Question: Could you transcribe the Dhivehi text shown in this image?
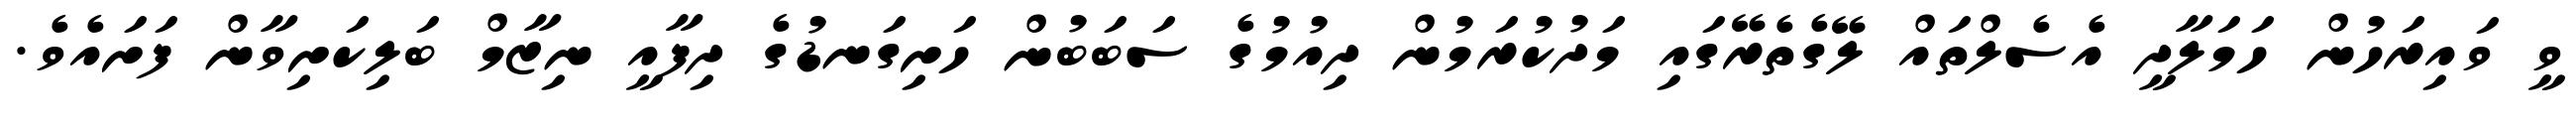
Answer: ވީ ވައިރަހުން ހަމަލާދީ އެސެލްތައް ލޭގެތެރޭގައި މަދުކުރަމުން ދިއުމުގެ ސަބަބުން ހަށިގަނޑުގެ ދިފާއީ ނިޒާމް ބަލިކަށިވާން ފަށައެވެ.